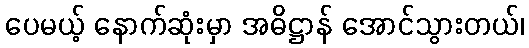
ပေမယ့် နောက်ဆုံးမှာ အဓိဋ္ဌာန် အောင်သွားတယ်၊